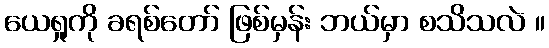
ယေရှုကို ခရစ်တော် ဖြစ်မှန်း ဘယ်မှာ စသိသလဲ ။